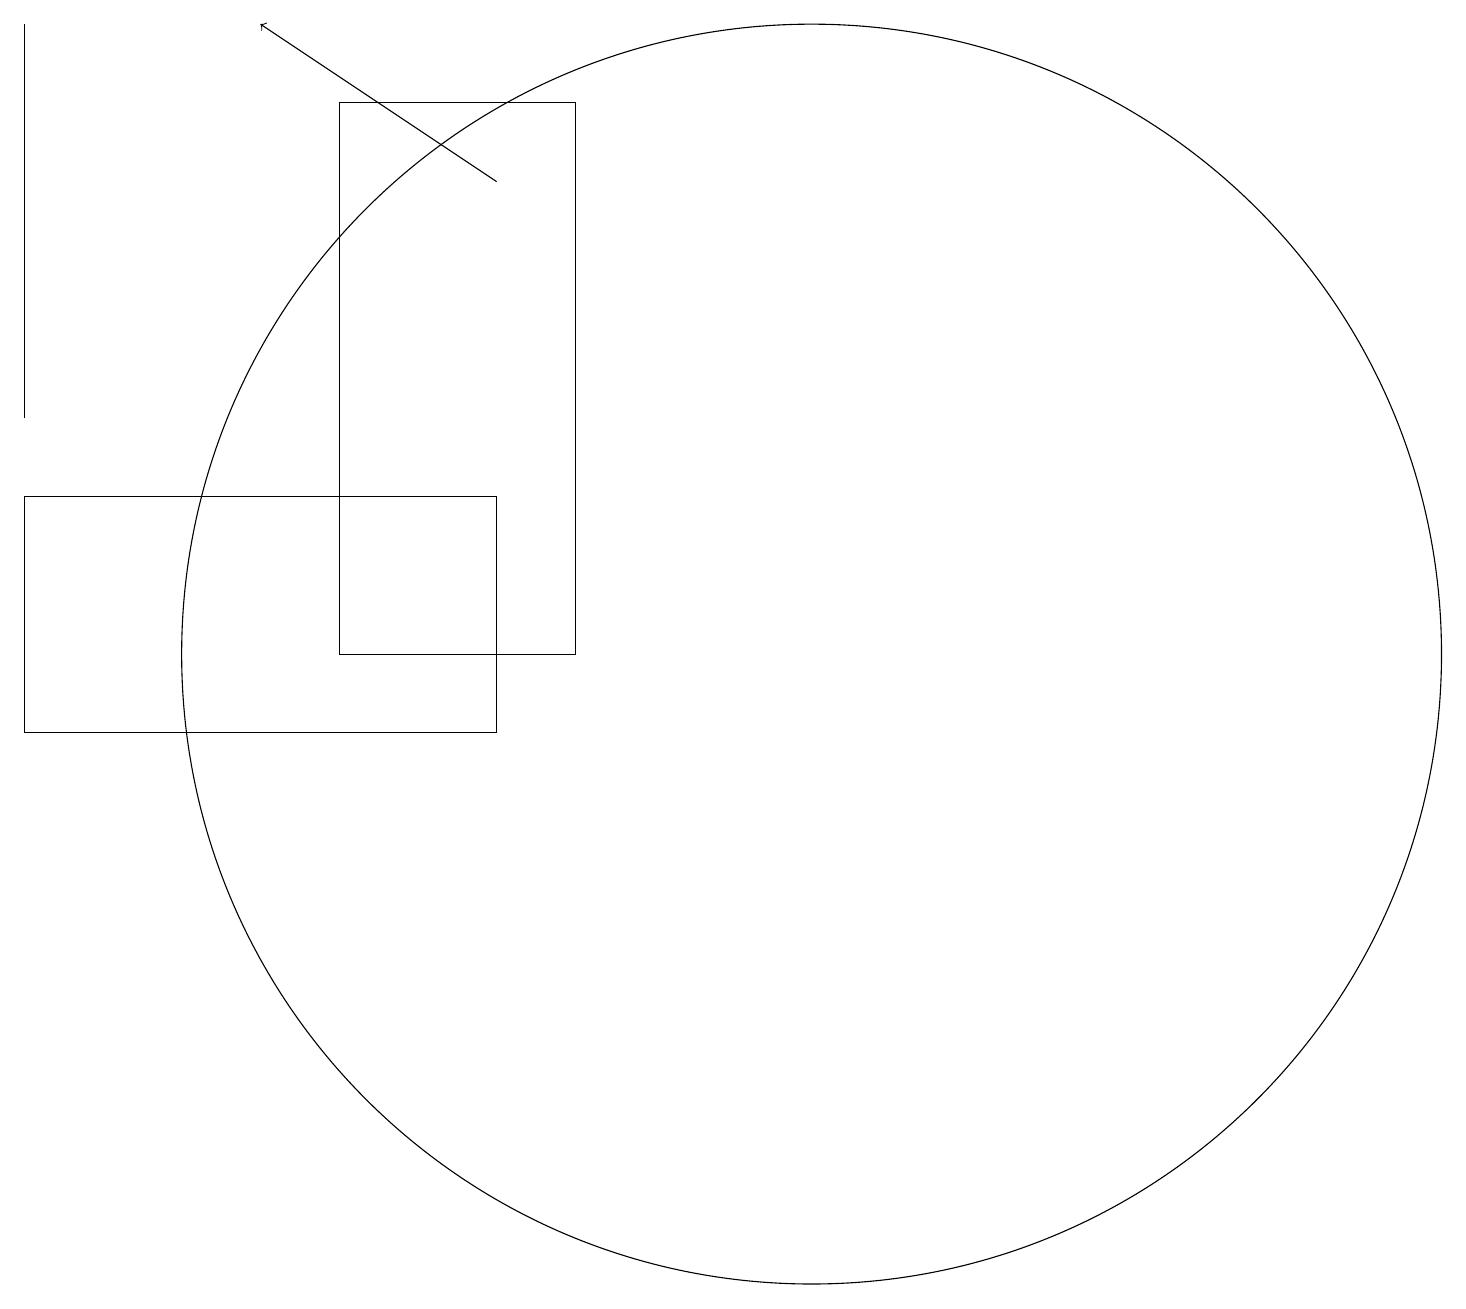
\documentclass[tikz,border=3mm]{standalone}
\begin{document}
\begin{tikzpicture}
\draw[->] (8,17) -- (5,19);
\draw (9,11) rectangle (6,18);
\draw (8,10) rectangle (2,13);
\draw (12,11) circle (8);
\draw (2,19) rectangle (2,14);
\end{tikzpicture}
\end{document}